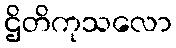
ဌိတိကုသလော